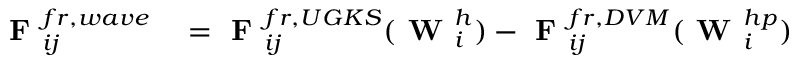
\begin{array} { r l } { \textbf { F } _ { i j } ^ { f r , w a v e } } & { { } = \textbf { F } _ { i j } ^ { f r , U G K S } ( \textbf { W } _ { i } ^ { h } ) - \textbf { F } _ { i j } ^ { f r , D V M } ( \textbf { W } _ { i } ^ { h p } ) } \end{array}